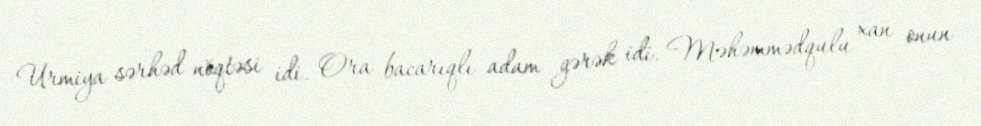
Urmiya sərhəd nöqtəsi idi. Ora bacarıqlı adam gərək idi. Məhəmmədqulu xan onun